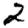
Digit: 2